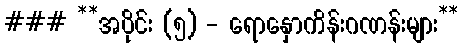
### **အပိုင်း (၅) - ရောနှောကိန်းဂဏန်းများ**